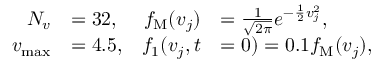
\begin{array} { r l r l } { N _ { v } } & { = 3 2 , } & { f _ { \mathrm { M } } ( v _ { j } ) } & { = \frac { 1 } { \sqrt { 2 \pi } } e ^ { - \frac { 1 } { 2 } v _ { j } ^ { 2 } } , } \\ { v _ { \operatorname* { m a x } } } & { = 4 . 5 , } & { f _ { 1 } ( v _ { j } , t } & { = 0 ) = 0 . 1 f _ { \mathrm { M } } ( v _ { j } ) , } \end{array}